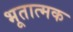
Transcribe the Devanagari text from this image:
भूतात्मक